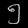
Digit: ၅